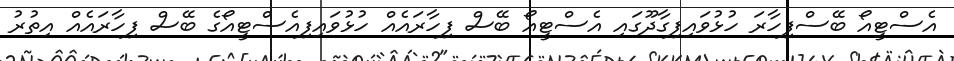
އެސްޓީއޯ ބޭސްފިހާރަ ހުޅުވައިފިގާދޫގައި އެސްޓީއޯ ބޭސް ފިހާރައެއް ހުޅުވައިފިއެސްޓީއޯގެ ބޭސް ފިހާރައެއް އިތުރު